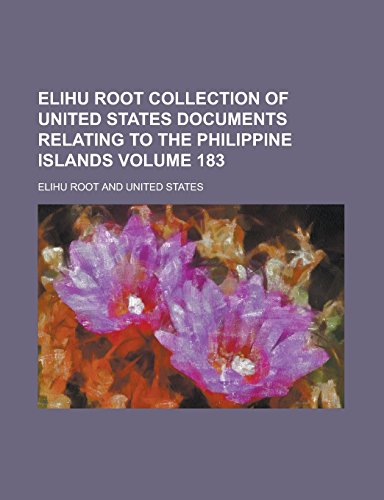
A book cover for Elihu Root collection of United States documents relating to the Philippine Islands Volume 183; Elihu Root; History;